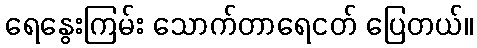
ရေနွေးကြမ်း သောက်တာရေငတ် ပြေတယ်။